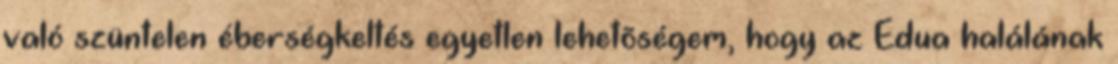
való szüntelen éberségkeltés egyetlen lehetõségem, hogy az Edua halálának